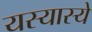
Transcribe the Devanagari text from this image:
यस्यास्ये